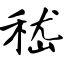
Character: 嵇